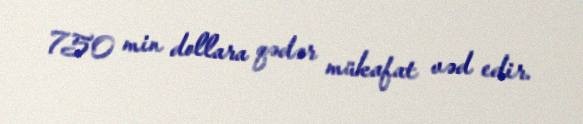
750 min dollara qədər mükafat vəd edir.